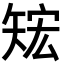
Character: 𥏕